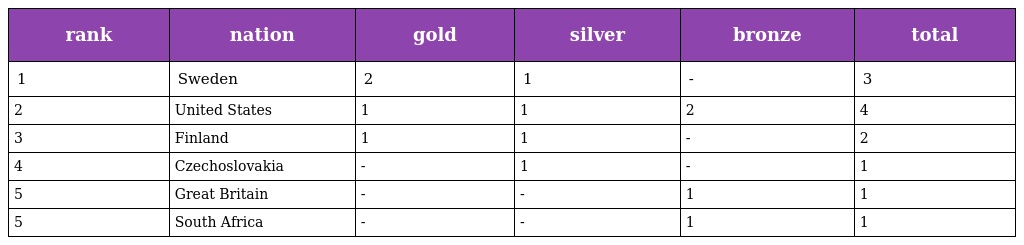
| rank | nation | gold | silver | bronze | total |
 | --- | --- | --- | --- | --- | --- |
 | 1 | Sweden | 2 | 1 | - | 3 |
 | 2 | United States | 1 | 1 | 2 | 4 |
 | 3 | Finland | 1 | 1 | - | 2 |
 | 4 | Czechoslovakia | - | 1 | - | 1 |
 | 5 | Great Britain | - | - | 1 | 1 |
 | 5 | South Africa | - | - | 1 | 1 |